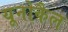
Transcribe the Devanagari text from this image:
यूनोकैल